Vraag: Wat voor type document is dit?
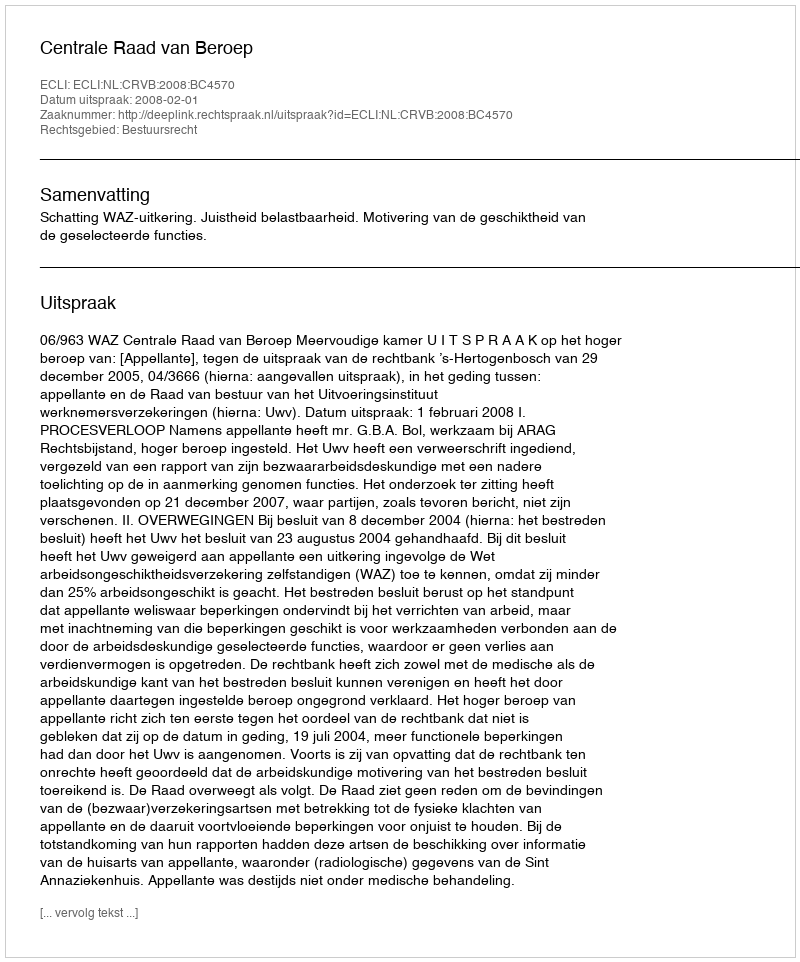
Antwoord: Uitspraak